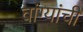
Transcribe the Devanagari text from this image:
वांग्यांची